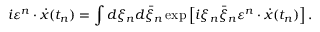
i \varepsilon ^ { n } \cdot \dot { x } ( t _ { n } ) = \int { d \xi _ { n } } d \bar { \xi } _ { n } \exp \left[ { i \xi _ { n } \bar { \xi } _ { n } \varepsilon ^ { n } \cdot \dot { x } ( t _ { n } ) } \right] .